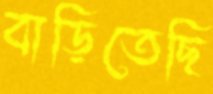
বাড়িতেছি